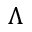
\Lambda